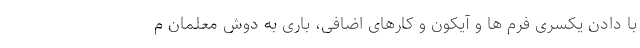
با دادن یکسری فرم ها و آیکون و کارهای اضافی، باری به دوش معلمان م